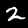
Label: 2